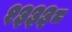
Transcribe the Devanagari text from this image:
१३३३८